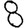
Digit: 8